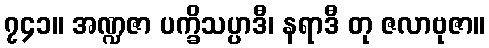
၇၄၁။ အဏ္ဍဇာ ပက္ခိသပ္ပာဒီ၊ နရာဒီ တု ဇလာဗုဇာ။